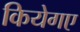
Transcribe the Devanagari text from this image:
कियेगए